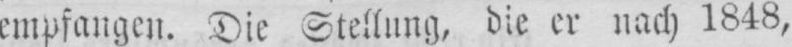
empfangen. Die Stellung, die er nach 1848,